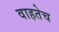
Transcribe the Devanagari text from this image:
वाहतेच